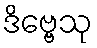
ဒိဗ္ဗေသု